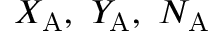
X _ { \mathrm { A } } , ~ Y _ { \mathrm { A } } , ~ N _ { \mathrm { A } }